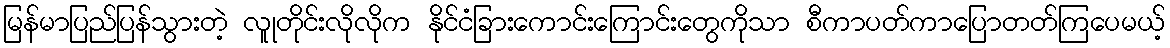
မြန်မာပြည်ပြန်သွားတဲ့ လူုတိုင်းလိုလိုက နိုင်ငံခြားကောင်းကြောင်းတွေကိုသာ စီကာပတ်ကာပြောတတ်ကြပေမယ့်